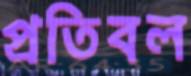
প্রতিবল